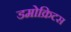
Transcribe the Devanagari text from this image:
डमोक्रिटस